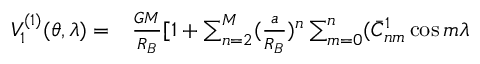
\begin{array} { r l } { V _ { 1 } ^ { ( 1 ) } ( \theta , \lambda ) = } & { { } \frac { G M } { R _ { B } } [ 1 + \sum _ { n = 2 } ^ { M } ( \frac { a } { R _ { B } } ) ^ { n } \sum _ { m = 0 } ^ { n } ( \bar { C } _ { n m } ^ { 1 } \cos m \lambda } \end{array}